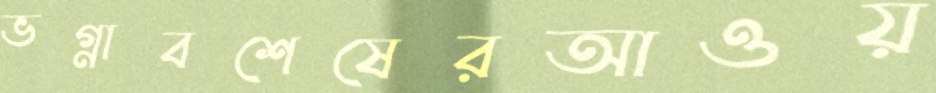
ভগ্নাবশেষেরআওয়